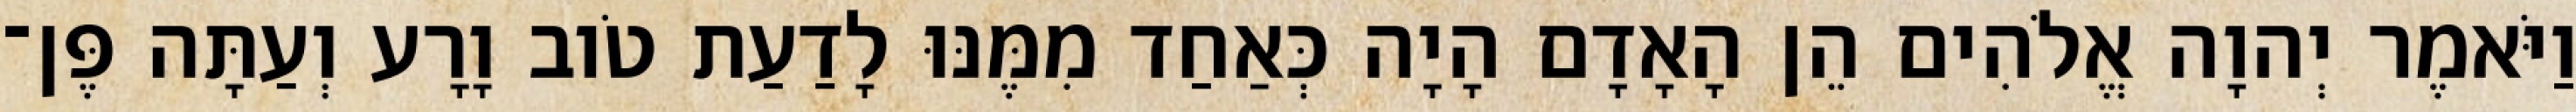
וַיֹּאמֶר יְהוָה אֱלֹהִים הֵן הָאָדָם הָיָה כְּאַחַד מִמֶּנּוּ לָדַעַת טֹוב וָרָע וְעַתָּה פֶּן־